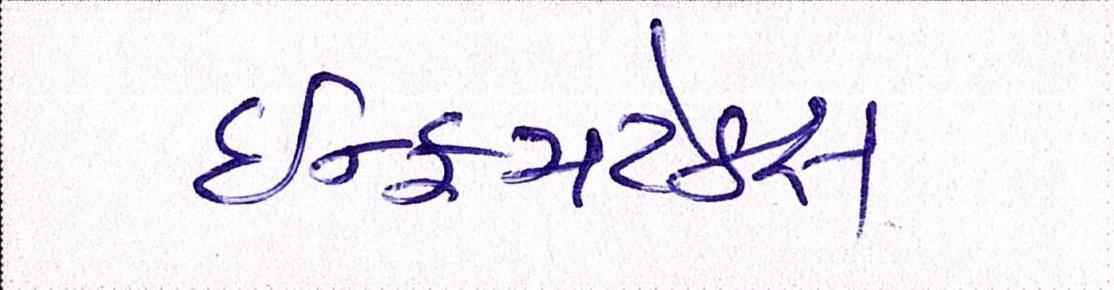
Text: ઇન્કમટેક્સ